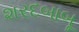
શરદબાબૂ